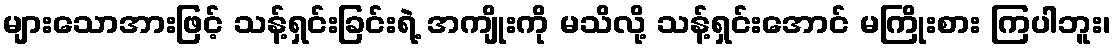
များသောအားဖြင့် သန့်ရှင်းခြင်းရဲ့ အကျိုးကို မသိလို့ သန့်ရှင်းအောင် မကြိုးစား ကြပါဘူး၊